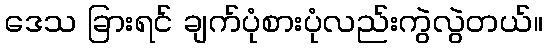
ဒေသ ခြားရင် ချက်ပုံစားပုံလည်းကွဲလွဲတယ်။